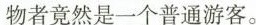
物者竟然是一个普通游客。